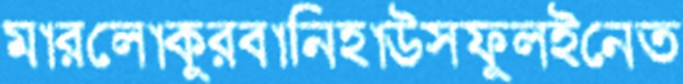
মারলোকুরবানিহাউসফুলইনেত